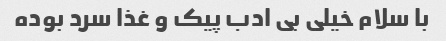
با سلام خیلی بی ادب پیک و غذا سرد بوده